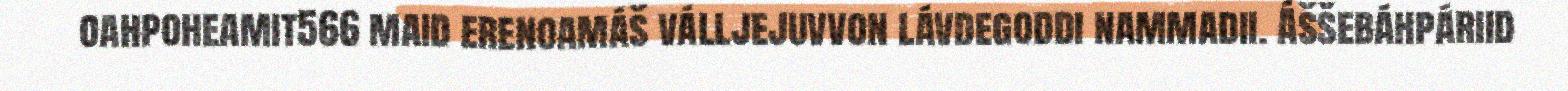
oahpoheamit566 maid erenoamáš válljejuvvon lávdegoddi nammadii. Áššebáhpáriid